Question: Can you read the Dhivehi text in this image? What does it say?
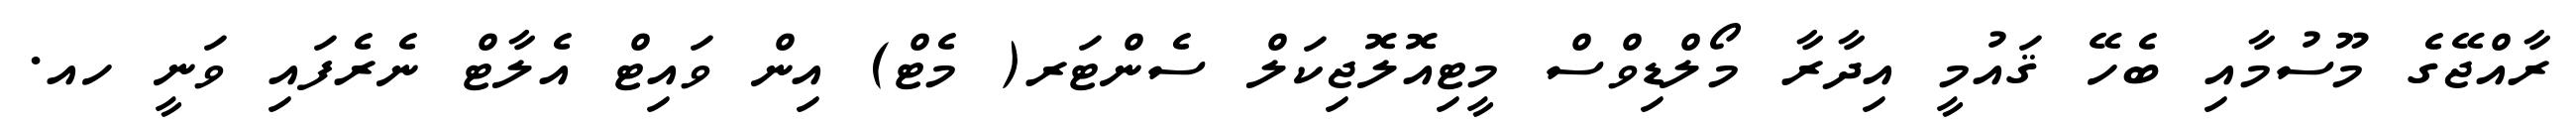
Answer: ރާއްޖޭގެ މޫސުމާއި ބެހޭ ޤައުމީ އިދާރާ މޯލްޑިވްސް މީޓިއޮލޮޖިކަލް ސެންޓަރ( މެޓް) އިން ވައިޓް އެލާޓް ނެރެފައި ވަނީ ހއ.